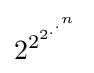
2^{2^{2^{.^{.^{n}}}}}